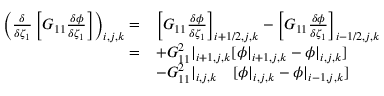
\begin{array} { r l } { \left( \frac { \delta } { \delta \zeta _ { 1 } } \left[ G _ { 1 1 } \frac { \delta \phi } { \delta \zeta _ { 1 } } \right] \right) _ { i , j , k } = } & { \left[ G _ { 1 1 } \frac { \delta \phi } { \delta \zeta _ { 1 } } \right] _ { i + 1 / 2 , j , k } - \left[ G _ { 1 1 } \frac { \delta \phi } { \delta \zeta _ { 1 } } \right] _ { i - 1 / 2 , j , k } } \\ { = } & { + G _ { 1 1 } ^ { 2 } | _ { i + 1 , j , k } [ \phi | _ { i + 1 , j , k } - \phi | _ { i , j , k } ] } \\ & { - G _ { 1 1 } ^ { 2 } | _ { i , j , k } \quad [ \phi | _ { i , j , k } - \phi | _ { i - 1 , j , k } ] } \end{array}